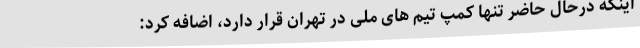
اینکه درحال حاضر تنها کمپ تیم های ملی در تهران قرار دارد، اضافه کرد: